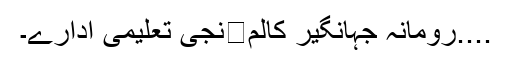
....رومانہ جہانگیر کالم	نجی تعلیمی ادارے۔